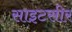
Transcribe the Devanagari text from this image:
साइटसीर